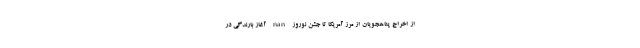
از اخراج پناهجویان از مرز آمریکا تا جشن نوروز nan آغاز بارندگی در